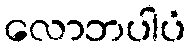
လောဘပါပံ